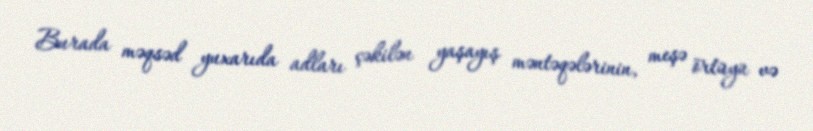
Burada məqsəd yuxarıda adları çəkilən yaşayış məntəqələrinin, meşə örtüyü və